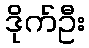
ဒိုက်ဦး